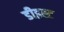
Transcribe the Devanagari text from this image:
डीइस्ट